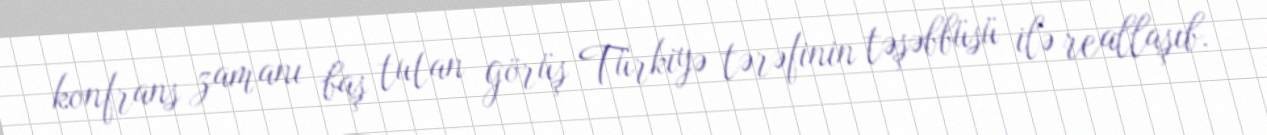
konfrans zamanı baş tutan görüş Türkiyə tərəfinin təşəbbüsü ilə reallaşıb.